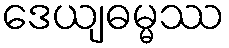
ဒေယျဓမ္မဿ